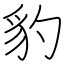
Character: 豹